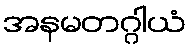
အနမတဂ္ဂါယံ